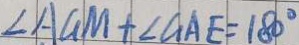
\angle A G M + \angle G A E = 1 8 0 ^ { \circ }